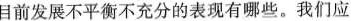
目前发展不平衡不充分的表现有哪些。我们应